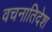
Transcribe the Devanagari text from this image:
वचनातिदेश